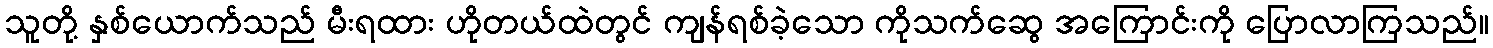
သူတို့ နှစ်ယောက်သည် မီးရထား ဟိုတယ်ထဲတွင် ကျန်ရစ်ခဲ့သော ကိုသက်ဆွေ အကြောင်းကို ပြောလာကြသည်။